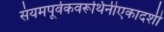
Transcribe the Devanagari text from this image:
संयमपूर्वकवरूथिनीएकादशी